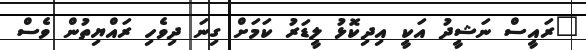
"ރައީސް ނަޝީދު އަކީ އިދިކޮޅު ލީޑަރު ކަމަށް ގިނަ ދިވެހި ރައްޔިތުން ވެސް